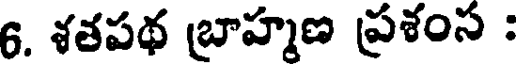
8. శతపథ బ్రాహ్మణ ప్రశంస :